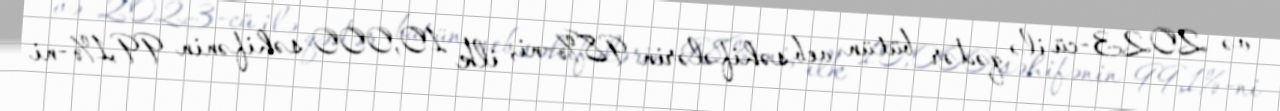
və 2023-cü ilə qədər bütün veb səhifələrin 98%-ni, ilk 10,000 səhifənin 99,1%-ni